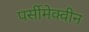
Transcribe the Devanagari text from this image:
पर्सीमेक्वीन